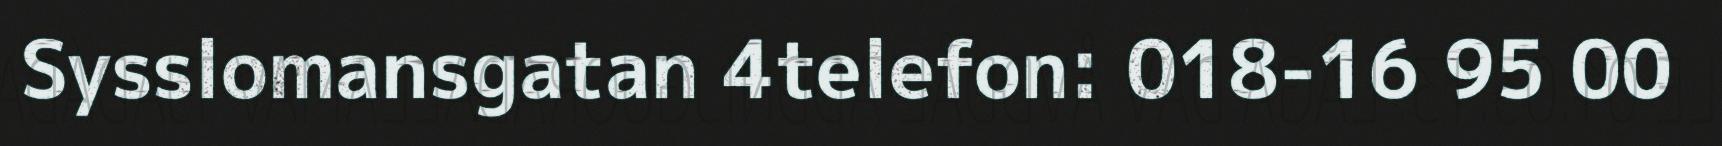
Sysslomansgatan 4telefon: 018-16 95 00